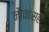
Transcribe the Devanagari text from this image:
नौकांसही